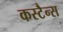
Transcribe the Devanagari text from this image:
कस्टैन्स